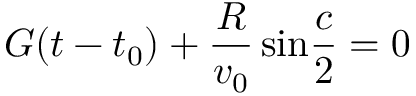
G ( t - t _ { 0 } ) + { \frac { R } { v _ { 0 } } } \, \mathrm { s i n } { \frac { c } { 2 } } = 0